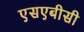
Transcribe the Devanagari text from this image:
एसएबीसी